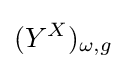
(Y^{X})_{\omega ,g}